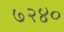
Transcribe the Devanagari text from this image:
७२४०